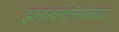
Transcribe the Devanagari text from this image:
इवनारवनेंदनिसदिरयया